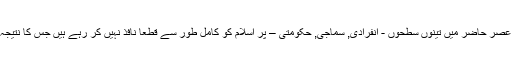
واضح ہے کہ ہم مسلمان عصر حاضر میں تینوں سطحوں - انفرادی, سماجی, حکومتی – پر اسلام کو کامل طور سے قطعا نافذ نہیں کر رہے ہیں جس کا نتیجہ خود ہمارے سامنے ہے۔